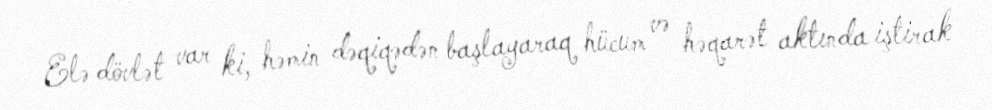
Elə dövlət var ki, həmin dəqiqədən başlayaraq hücum və həqarət aktında iştirak